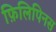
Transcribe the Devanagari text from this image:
फ़िलिपिनस